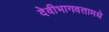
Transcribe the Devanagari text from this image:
देवीभागवतामधे